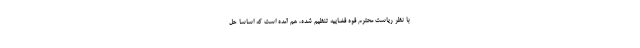
با نظر ریاست محترم قوه قضاییه تنظیم شده، هم آمده است که اساسا حل